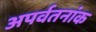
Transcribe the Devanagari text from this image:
अपर्वतनांक